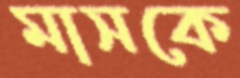
মাসকে